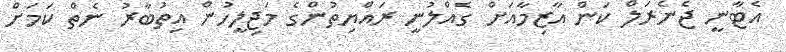
އެޓާނީ ޖެނެރަލް ކަން އާޒިމާއަށް ގެއްލުނީ ރައްޔިތުންގެ މަޖިލީހުން އިތުބާރު ނެތް ކަމަށް